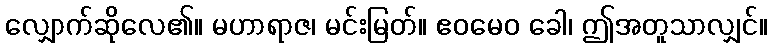
လျှောက်ဆိုလေ၏။ မဟာရာဇ၊ မင်းမြတ်။ ဧဝမေဝ ခေါ၊ ဤအတူသာလျှင်။